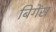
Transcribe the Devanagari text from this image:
बिगेंस